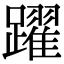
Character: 躍